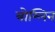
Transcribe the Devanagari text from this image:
त्रोम्लिन